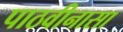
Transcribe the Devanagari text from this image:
पाठवीनासा